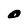
Character: O